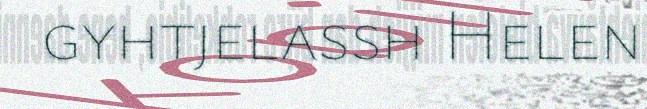
gyhtjelassh Helen